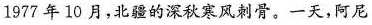
1977年10月，北疆的深秋寒风刺骨。一天，阿尼